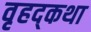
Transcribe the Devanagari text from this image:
वृहद्कथा